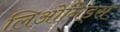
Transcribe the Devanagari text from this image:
लिओनिड्‌स